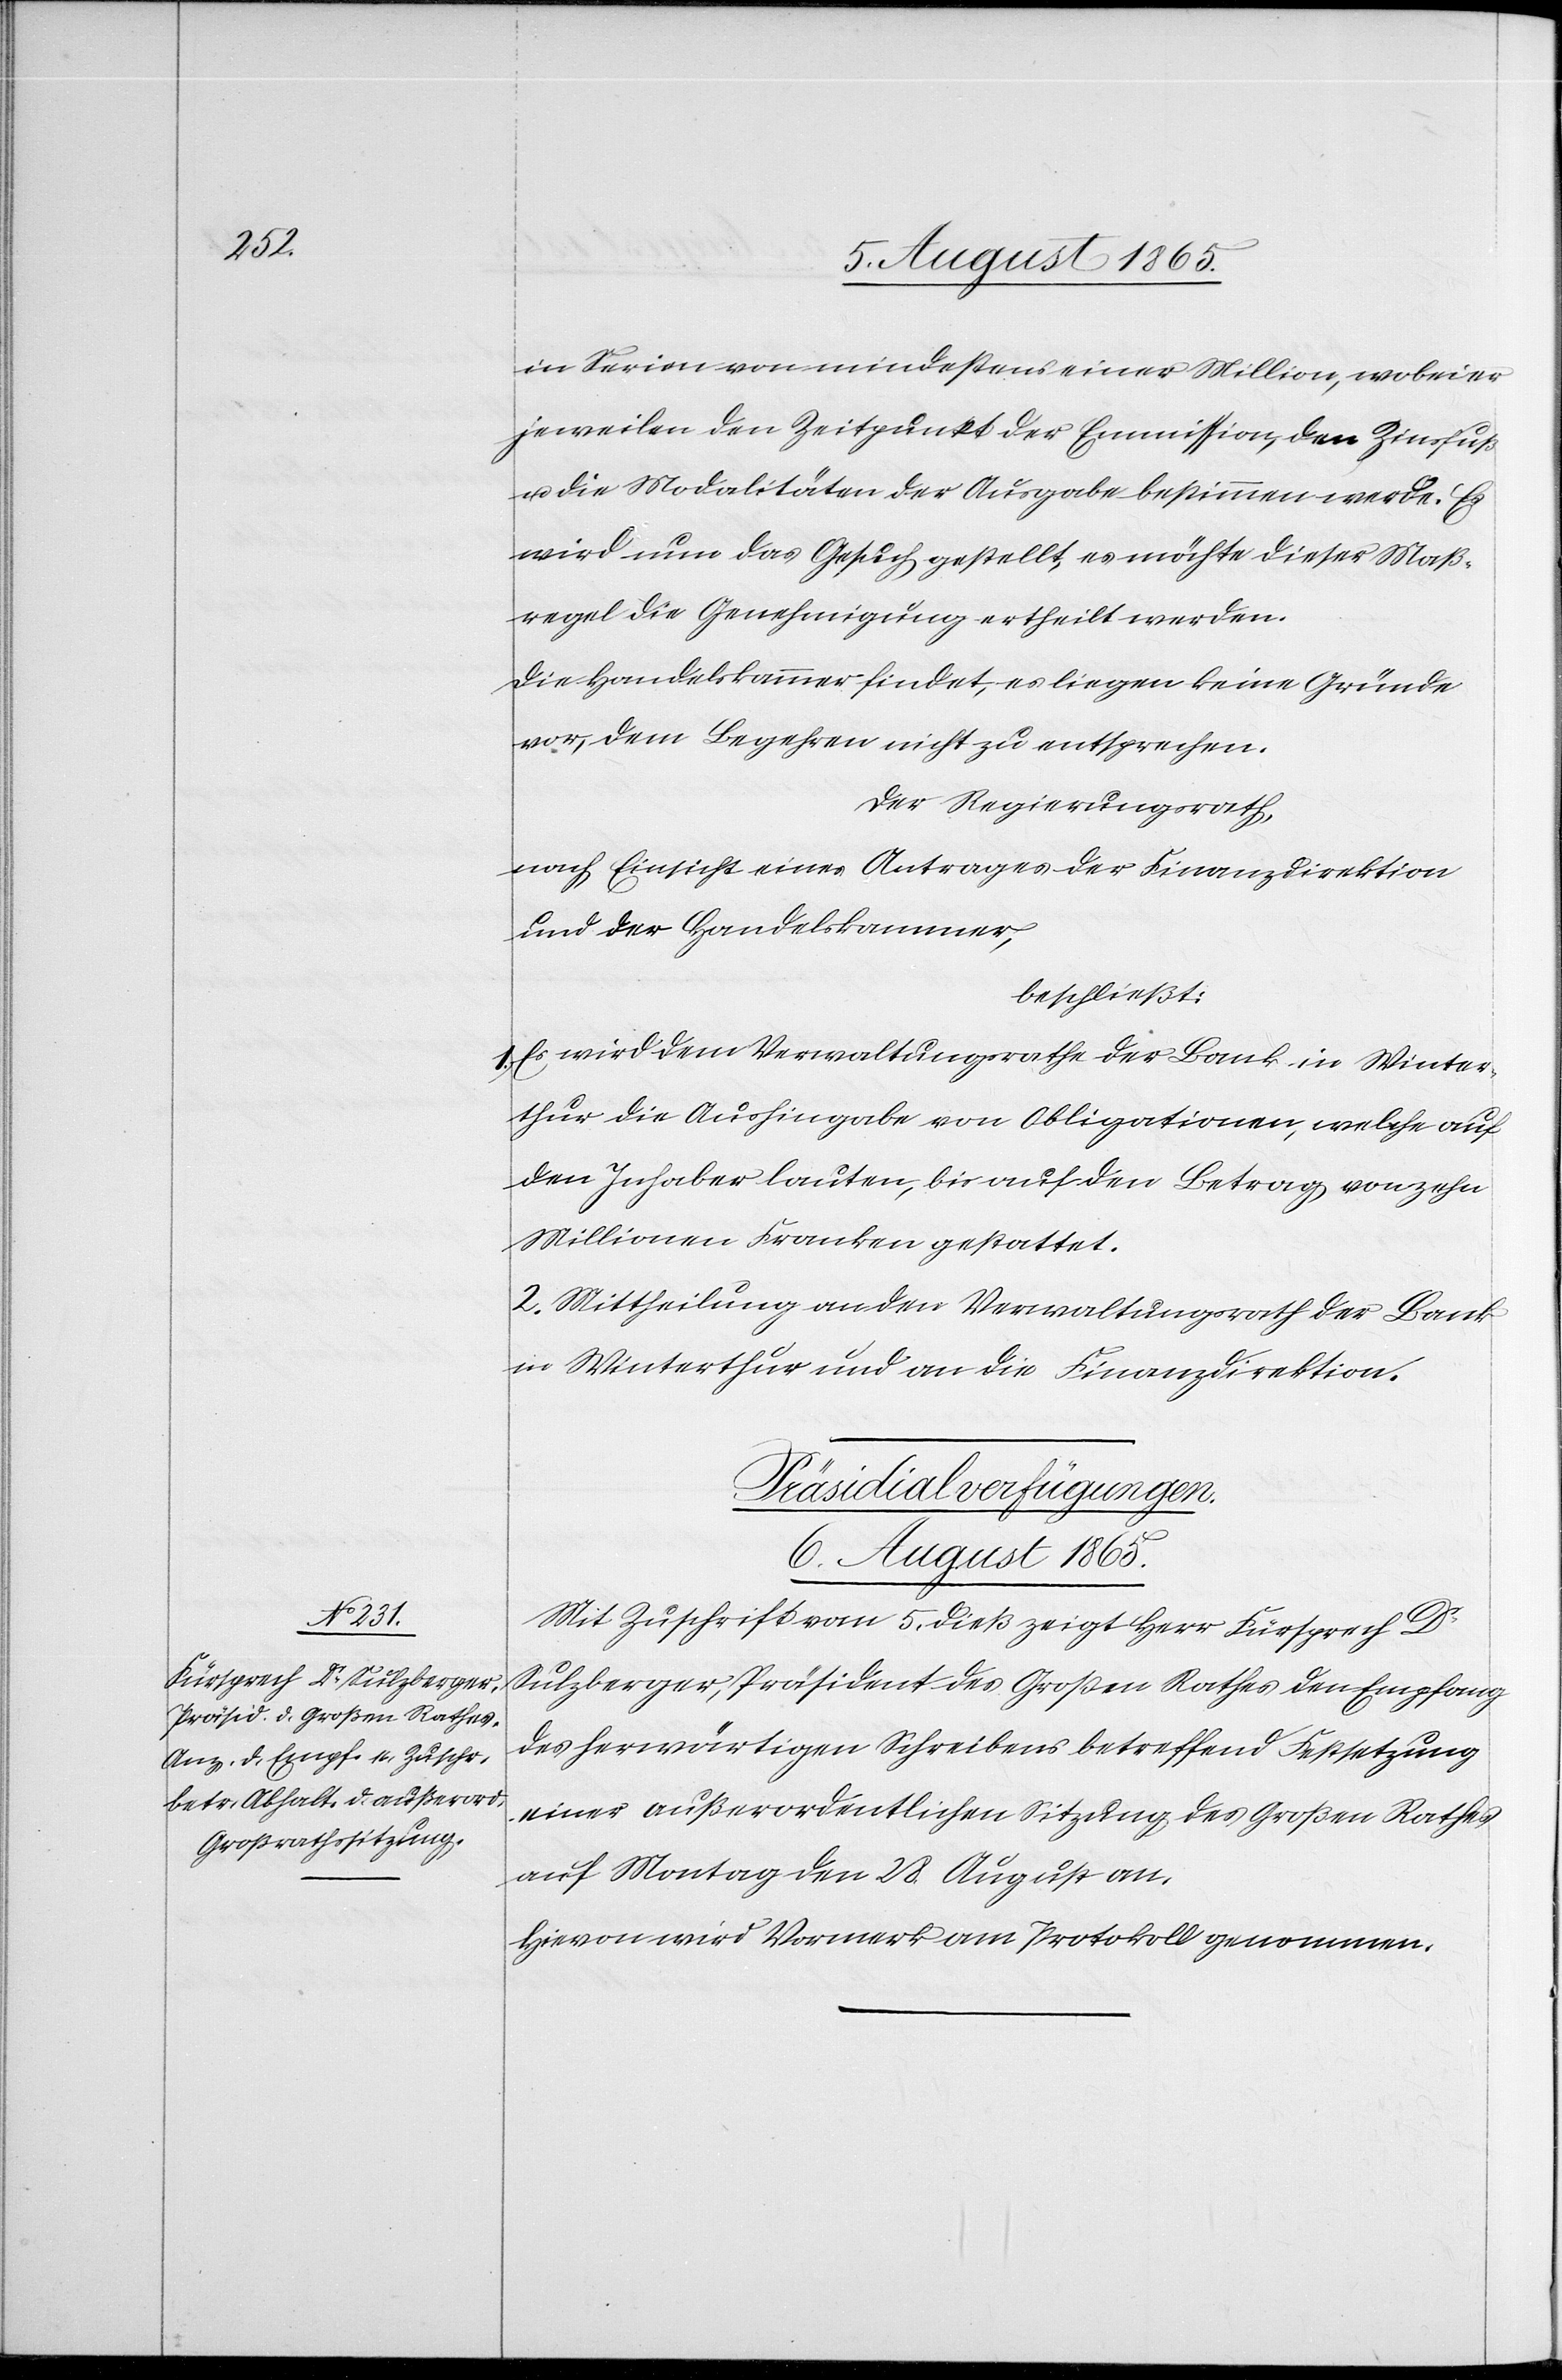
6. August 1865.
in Serien von mindestens einer Million, wobei er
jeweilen den Zeitpunkt der Emmission, den Zinsfuß
u. die Modalitäten der Ausgabe bestimmten werde. Es
wird nun das Gesuch gestellt, es möchte dieser Maß¬
regel die Genehmigung ertheilt werden.
Die Handelskammer findet, es liegen keine Gründe
vor, dem Begehren nicht zu entsprechen.
Der Regierungsrath,
nach Einsicht eines Antrages der Finanzdirektion
und der Handelskammer,
beschließt:
Es wird dem Verwaltungsrathe der Bank in Winter¬
thur die Aushingabe von Obligationen, welche auf
den Inhaber laute, bis auf den Betrag von zehn
Millionen Franken gestattet.
2. Mittheilung an den Verwaltungsrath der Bank
in Winterthur und an die Finanzdirektion.
Präsidialverfügungen.
Mit Zuschrift vom 5. dieß zeigt Herr Fürsprech Dr
Sulzberger, Präsident des Großen Rathes den Empfang
des herwärtigen Schreibens betreffend Festsetzung
einer außerordentlichen Sitzung des Großen Rathes
auf Montag den 28. August an.
Hievon wird Vormerk am Protokoll genommen.